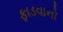
ફાડવાનો